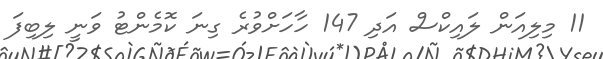
11 މިލިއަން ލައިކްސް އަދި 147 ހާހަށްވުރެ ގިނަ ކޮމެންޓު ވަނީ ލިބިފަ